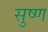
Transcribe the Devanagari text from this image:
सुष्ण